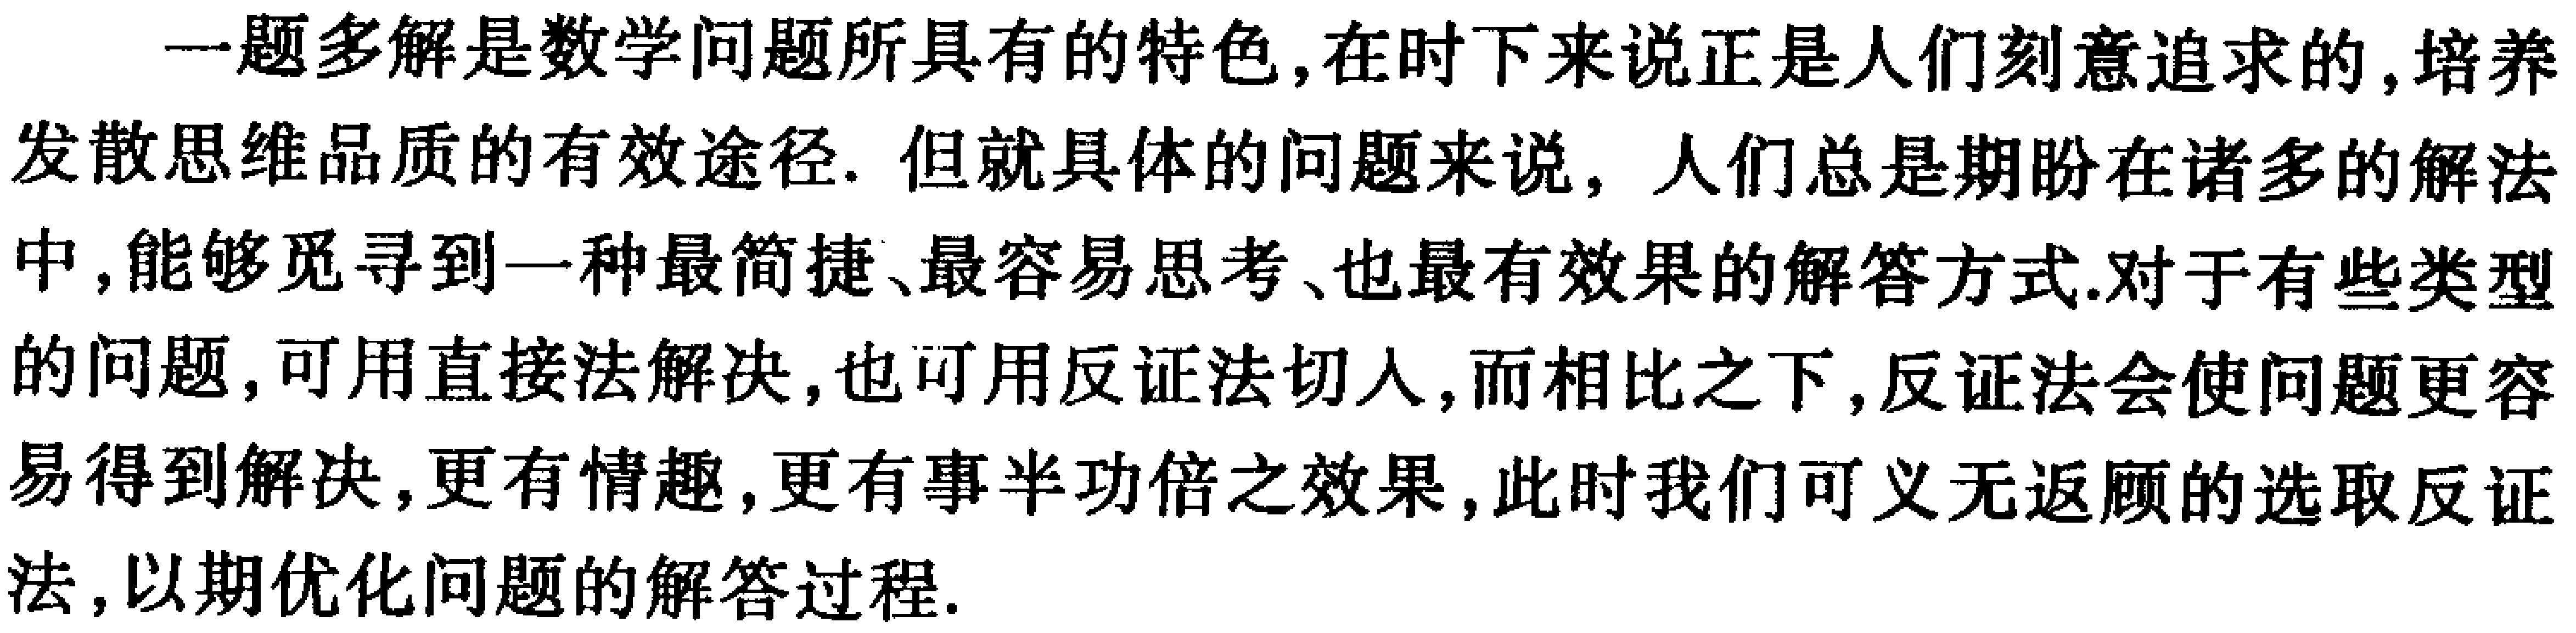
一题多解是数学问题所具有的特色,在时下来说正是人们刻意追求的,培养发散思维品质的有效途径. 但就具体的问题来说, 人们总是期盼在诸多的解法中,能够觅寻到一种最简捷、最容易思考、也最有效果的解答方式.对于有些类型的问题,可用直接法解决,也可用反证法切入,而相比之下,反证法会使问题更容易得到解决,更有情趣,更有事半功倍之效果,此时我们可义无返顾的选取反证法,以期优化问题的解答过程.